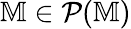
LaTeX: \mathbb{M}\in\mathcal{P}(\mathbb{M})